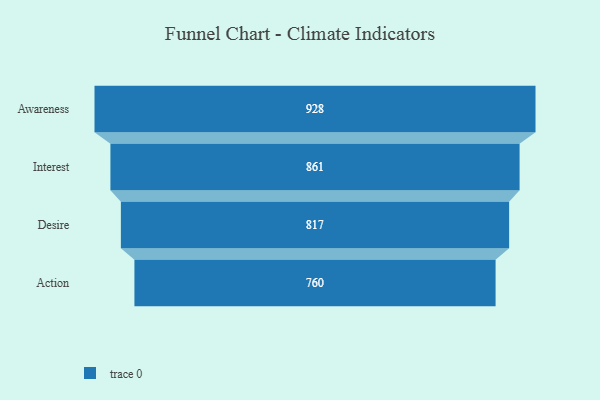
{"axis": {"x": "Stage", "y": "Value"}, "legend": [""], "data": [{"x": "Awareness", "y": 928.0, "type": ""}, {"x": "Interest", "y": 861.0, "type": ""}, {"x": "Desire", "y": 817.0, "type": ""}, {"x": "Action", "y": 760.0, "type": ""}]}